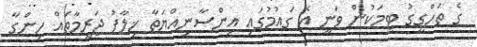
ގެ ތަހްގީގު ޓީމަކުން ވަނީ އެ ގައުމުގައި އިންސާނިއްޔަތާ ޚިލާފު ޖަރީމާތައް ހިންގާ